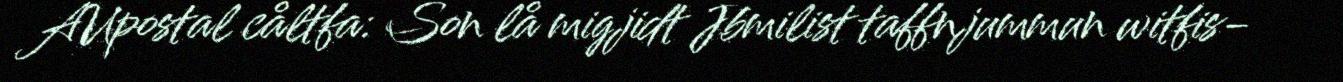
AUpostal cåltfa: Son lå migjidt Jbmilist taffnjummun witfis-